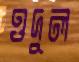
ওদুল